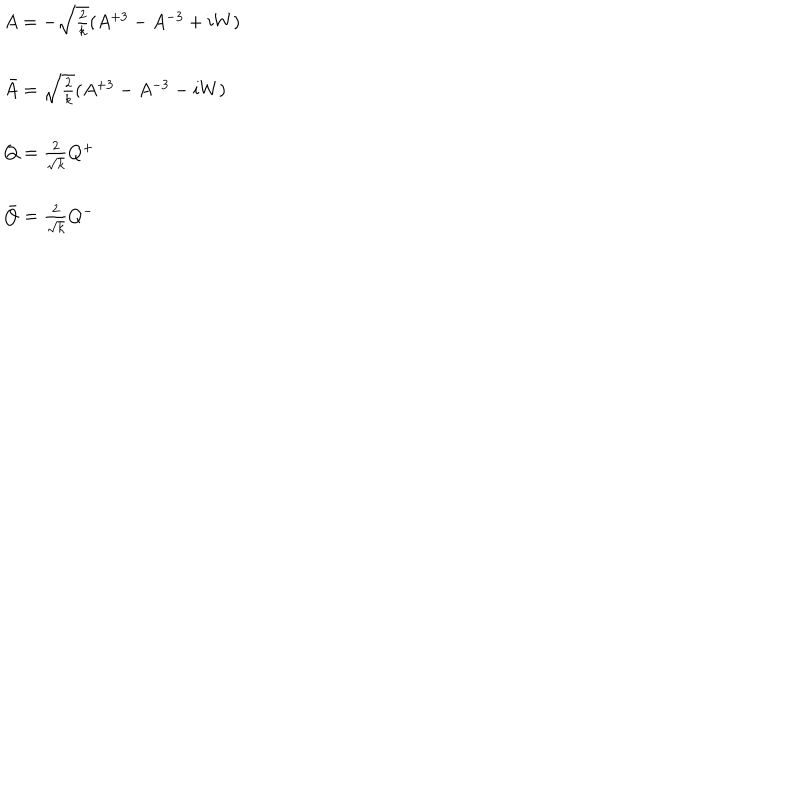
\begin{array} { l } { { A = - \sqrt { \frac { 2 } { k } } ( A ^ { + 3 } - A ^ { - 3 } + i W ) } } \\ { { \ } } \\ { { \bar { A } = \sqrt { \frac { 2 } { k } } ( A ^ { + 3 } - A ^ { - 3 } - i W ) } } \\ { { \ } } \\ { { Q = \frac { 2 } { \sqrt { k } } Q ^ { + } } } \\ { { \ } } \\ { { \bar { Q } = \frac { 2 } { \sqrt { k } } Q ^ { - } } } \\ \end{array}